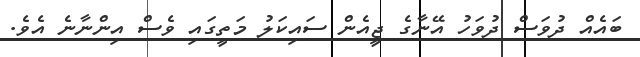
ބައެއް ދުވަސް ދުވަހު އޭނާގެ ޖީއެން ސައިކަލު މަތީގައި ވެސް އިންނާނެ އެވެ.